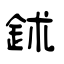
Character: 鉥